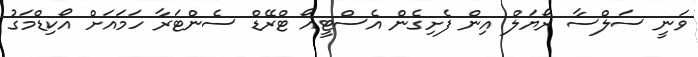
ވަނީ ސަލްސާ ރޯޔަލް އިން ފެށިގެން އެސްޓީއޯ ޓްރޭޑް ސެންޓަރާ ހަމައަށް އޯކިޑްމަގު